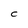
Character: C